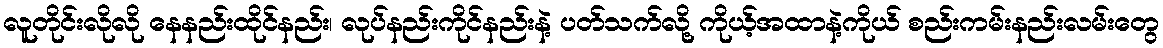
လူတိုင်းလိုလို နေနည်းထိုင်နည်း၊ လုပ်နည်းကိုင်နည်းနဲ့ ပတ်သက်လို့ ကိုယ့်အထာနဲ့ကိုယ် စည်းကမ်းနည်းလမ်းတွေ